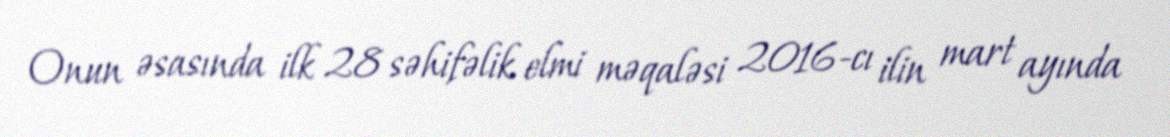
Onun əsasında ilk 28 səhifəlik elmi məqaləsi 2016-cı ilin mart ayında